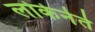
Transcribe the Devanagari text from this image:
लोकेनेते